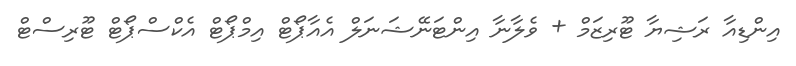
އިންޑިއާ ރަޝިޔާ ޓޫރިޒަމް + ވެލާނާ އިންޓަނޭޝަނަލް އެއާޕޯޓް އިމްޕޯޓް އެކްސްޕޯޓް ޓޫރިސްޓް